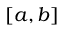
[ a , b ]